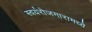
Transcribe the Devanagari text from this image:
स्वयंरोजगारामध्ये